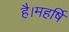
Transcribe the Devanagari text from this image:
है।महर्षि